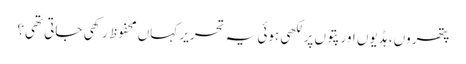
پتھروں، ہڈیوں اور پتوں پر لکھی ہوئی یہ تحریر کہاں محفوظ رکھی جاتی تھی؟